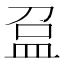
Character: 𥁏